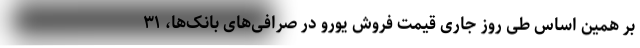
بر همین‌ اساس طی روز جاری قیمت فروش یورو در صرافی‌های بانک‌ها، ۳۱